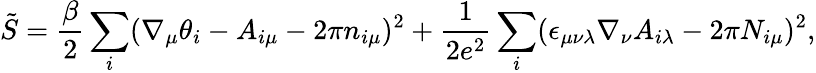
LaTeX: \tilde{S}=\frac{\beta}{2}\sum_{i}(\nabla_{\mu}\theta_{i}-A_{i\mu}-2\pi n_{i\mu})^{2}+\frac{1}{2e^{2}}\sum_{i}(\epsilon_{\mu\nu\lambda}\nabla_{\nu}A_{i\lambda}-2\pi N_{i\mu})^{2},